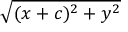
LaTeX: \sqrt { ( x + c ) ^ { 2 } + y ^ { 2 } }